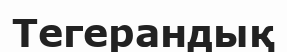
Тегерандық